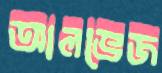
আলভেজ